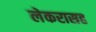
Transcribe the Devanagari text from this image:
लेकरासह